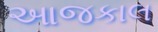
આજકાલ